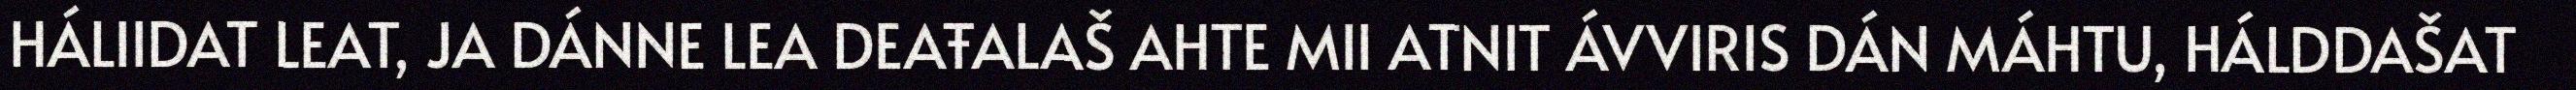
HÁLIIDAT LEAT, JA DÁNNE LEA DEAŦALAŠ AHTE MII ATNIT ÁVVIRIS DÁN MÁHTU, HÁLDDAŠAT